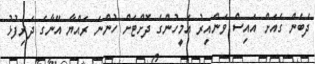
ދެބެން ގެއަށް އައިސް ވަންއިރު އެމީހުންގެ ދޮށްޓަށް ހުންނަ ރައްޔާ އޭނާގެ ދަރިފުޅު